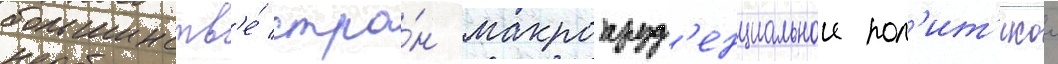
большинств'е́ стра́н макропруд'енциальнои пол'ит'икои